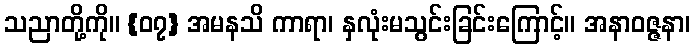
သညာတို့ကို။ {၀၇} အမနသိ ကာရာ၊ နှလုံးမသွင်းခြင်းကြောင့်။ အနာဝဇ္ဇနာ၊